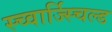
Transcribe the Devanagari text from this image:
स्च्वार्ज्स्चिल्ड